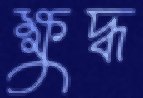
ক্ষুদ্ধ